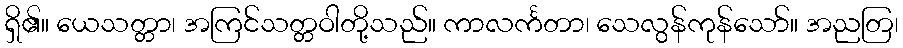
ရှိ၏။ ယေသတ္တာ၊ အကြင်သတ္တဝါတို့သည်။ ကာလင်္ကတာ၊ သေလွန်ကုန်သော်။ အညတြ၊